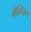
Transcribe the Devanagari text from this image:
मॅग्निन